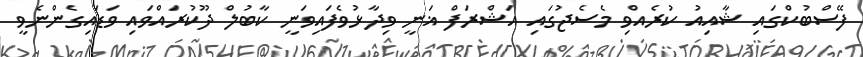
ފޭސްބުކްގައި ޝާއިއު ކުރެއްވި މެސެޖުގައި އަޝްރަފް ޣަނީ ވިދާޅުވެފައިވަނީ ކާބުލް ދޫކުރައްވައި ވަޑައިގެންނެވީ